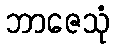
ဘာဇေသုံ